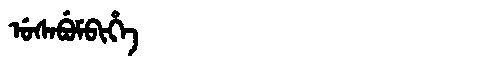
Manchu: ᡠᠰᠠᠪᡠᠮᠪᡳᡥᡝ
Romanization: USABUMBIHE